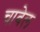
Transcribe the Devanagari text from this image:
चावेल